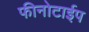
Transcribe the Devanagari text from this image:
फीनोटाईप